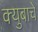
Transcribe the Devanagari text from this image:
क्युबाचे